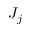
J _ { j }